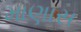
માણાસ